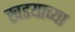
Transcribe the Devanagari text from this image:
खडयाच्या